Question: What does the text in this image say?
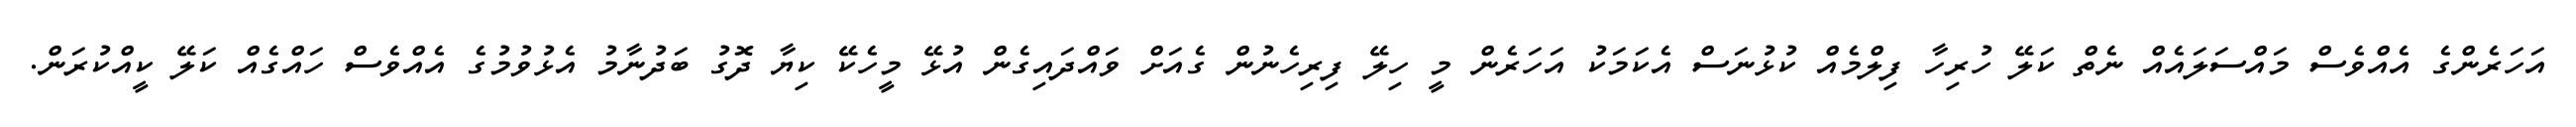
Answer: އަހަރެންގެ އެއްވެސް މައްސަލައެއް ނެތް ކަލޭ ހުރިހާ ފިލްމެއް ކުޅުނަސް އެކަމަކު އަހަރެން މީ ހިލޭ ފިރިހެނުން ގެއަށް ވައްދައިގެން އުޅޭ މީހެކޭ ކިޔާ ދޮގު ބަދުނާމު އެޅުވުމުގެ އެއްވެސް ހައްގެއް ކަލޭ ކީއްކުރަން.